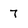
Character: 7